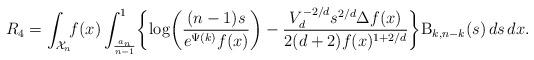
LaTeX: \begin{align*}R_4 = \int_{\mathcal{X}_n} \! \! f(x) \int_{\frac{a_n}{n-1}}^1 \biggl\{ \log \biggl( \frac{(n-1)s}{e^{\Psi(k)}f(x)} \biggr) - \frac{V_d^{-2/d}s^{2/d} \Delta f(x)}{2(d+2)f(x)^{1+2/d}} \biggr\} \mathrm{B}_{k,n-k}(s) \,ds \,dx.\end{align*}